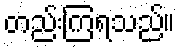
တည်းကြရသည်။